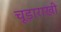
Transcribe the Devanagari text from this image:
चूड़ाराखी